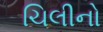
ચિલીનો